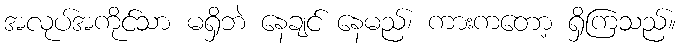
အလုပ်အကိုင်သာ မရှိဘဲ နေချင် နေမည်၊ ကားကတော့ ရှိကြသည်။